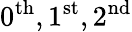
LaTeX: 0^{\mathrm{th}},1^{\mathrm{st}},2^{\mathrm{nd}}